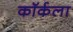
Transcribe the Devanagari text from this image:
कॉर्कला